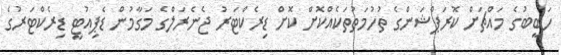
ހަބީބުގެ މައްޗަށް ކޮރަޕްޝަންގެ ތުހުމަތުތަކެއްކޮށް ކޮށް ޑިރެކްޓަރު ޖެނެރަލްގެ މަގާމުން ޑެޕިއުޓީ ޑިރެކްޓަރުގެ